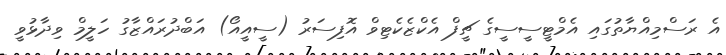
އެ ރަސްމިއްޔާތުގައި އެމްޓީސީސީގެ ޗީފް އެކްޒެކެޓިވް އޮފިސަރު (ސީއީއޯ) އަބްދުރައްޒާގު ހަލީމް ވިދާޅުވީ